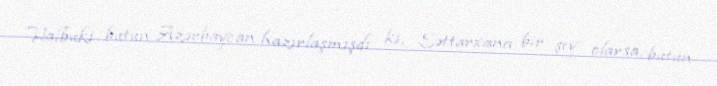
Halbuki bütün Azərbaycan hazırlaşmışdı ki, Səttarxana bir şey olarsa, bütün